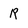
Character: R